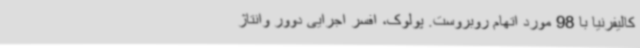
کالیفرنیا با 98 مورد اتهام روبروست. پولوک، افسر اجرایی دوور وانتاژ